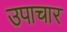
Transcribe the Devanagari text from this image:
उपाचार